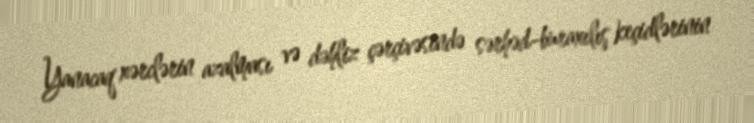
Yanacaq xərclərin azalması və dəhliz çərçivəsində sərhəd-buraxılış keçidlərinin